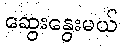
ဆွေးနွေးမယ်